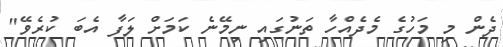
ދެން މި މަހުގެ މެދެއްހާ ތަނުގައި ނިމޭނެ ކަމަށް ލަފާ އެބަ ކުރެވޭ"